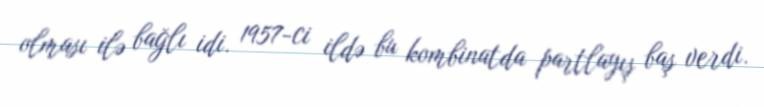
olması ilə bağlı idi. 1957-ci ildə bu kombinatda partlayış baş verdi.